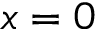
x = 0